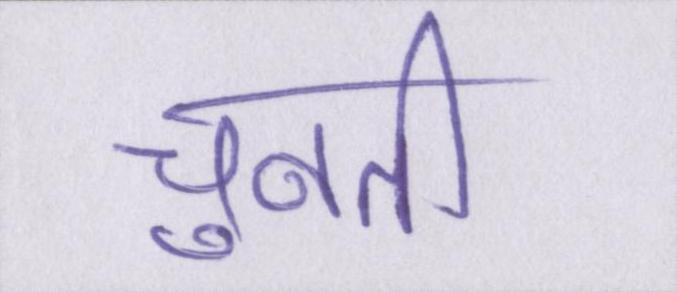
चुनती